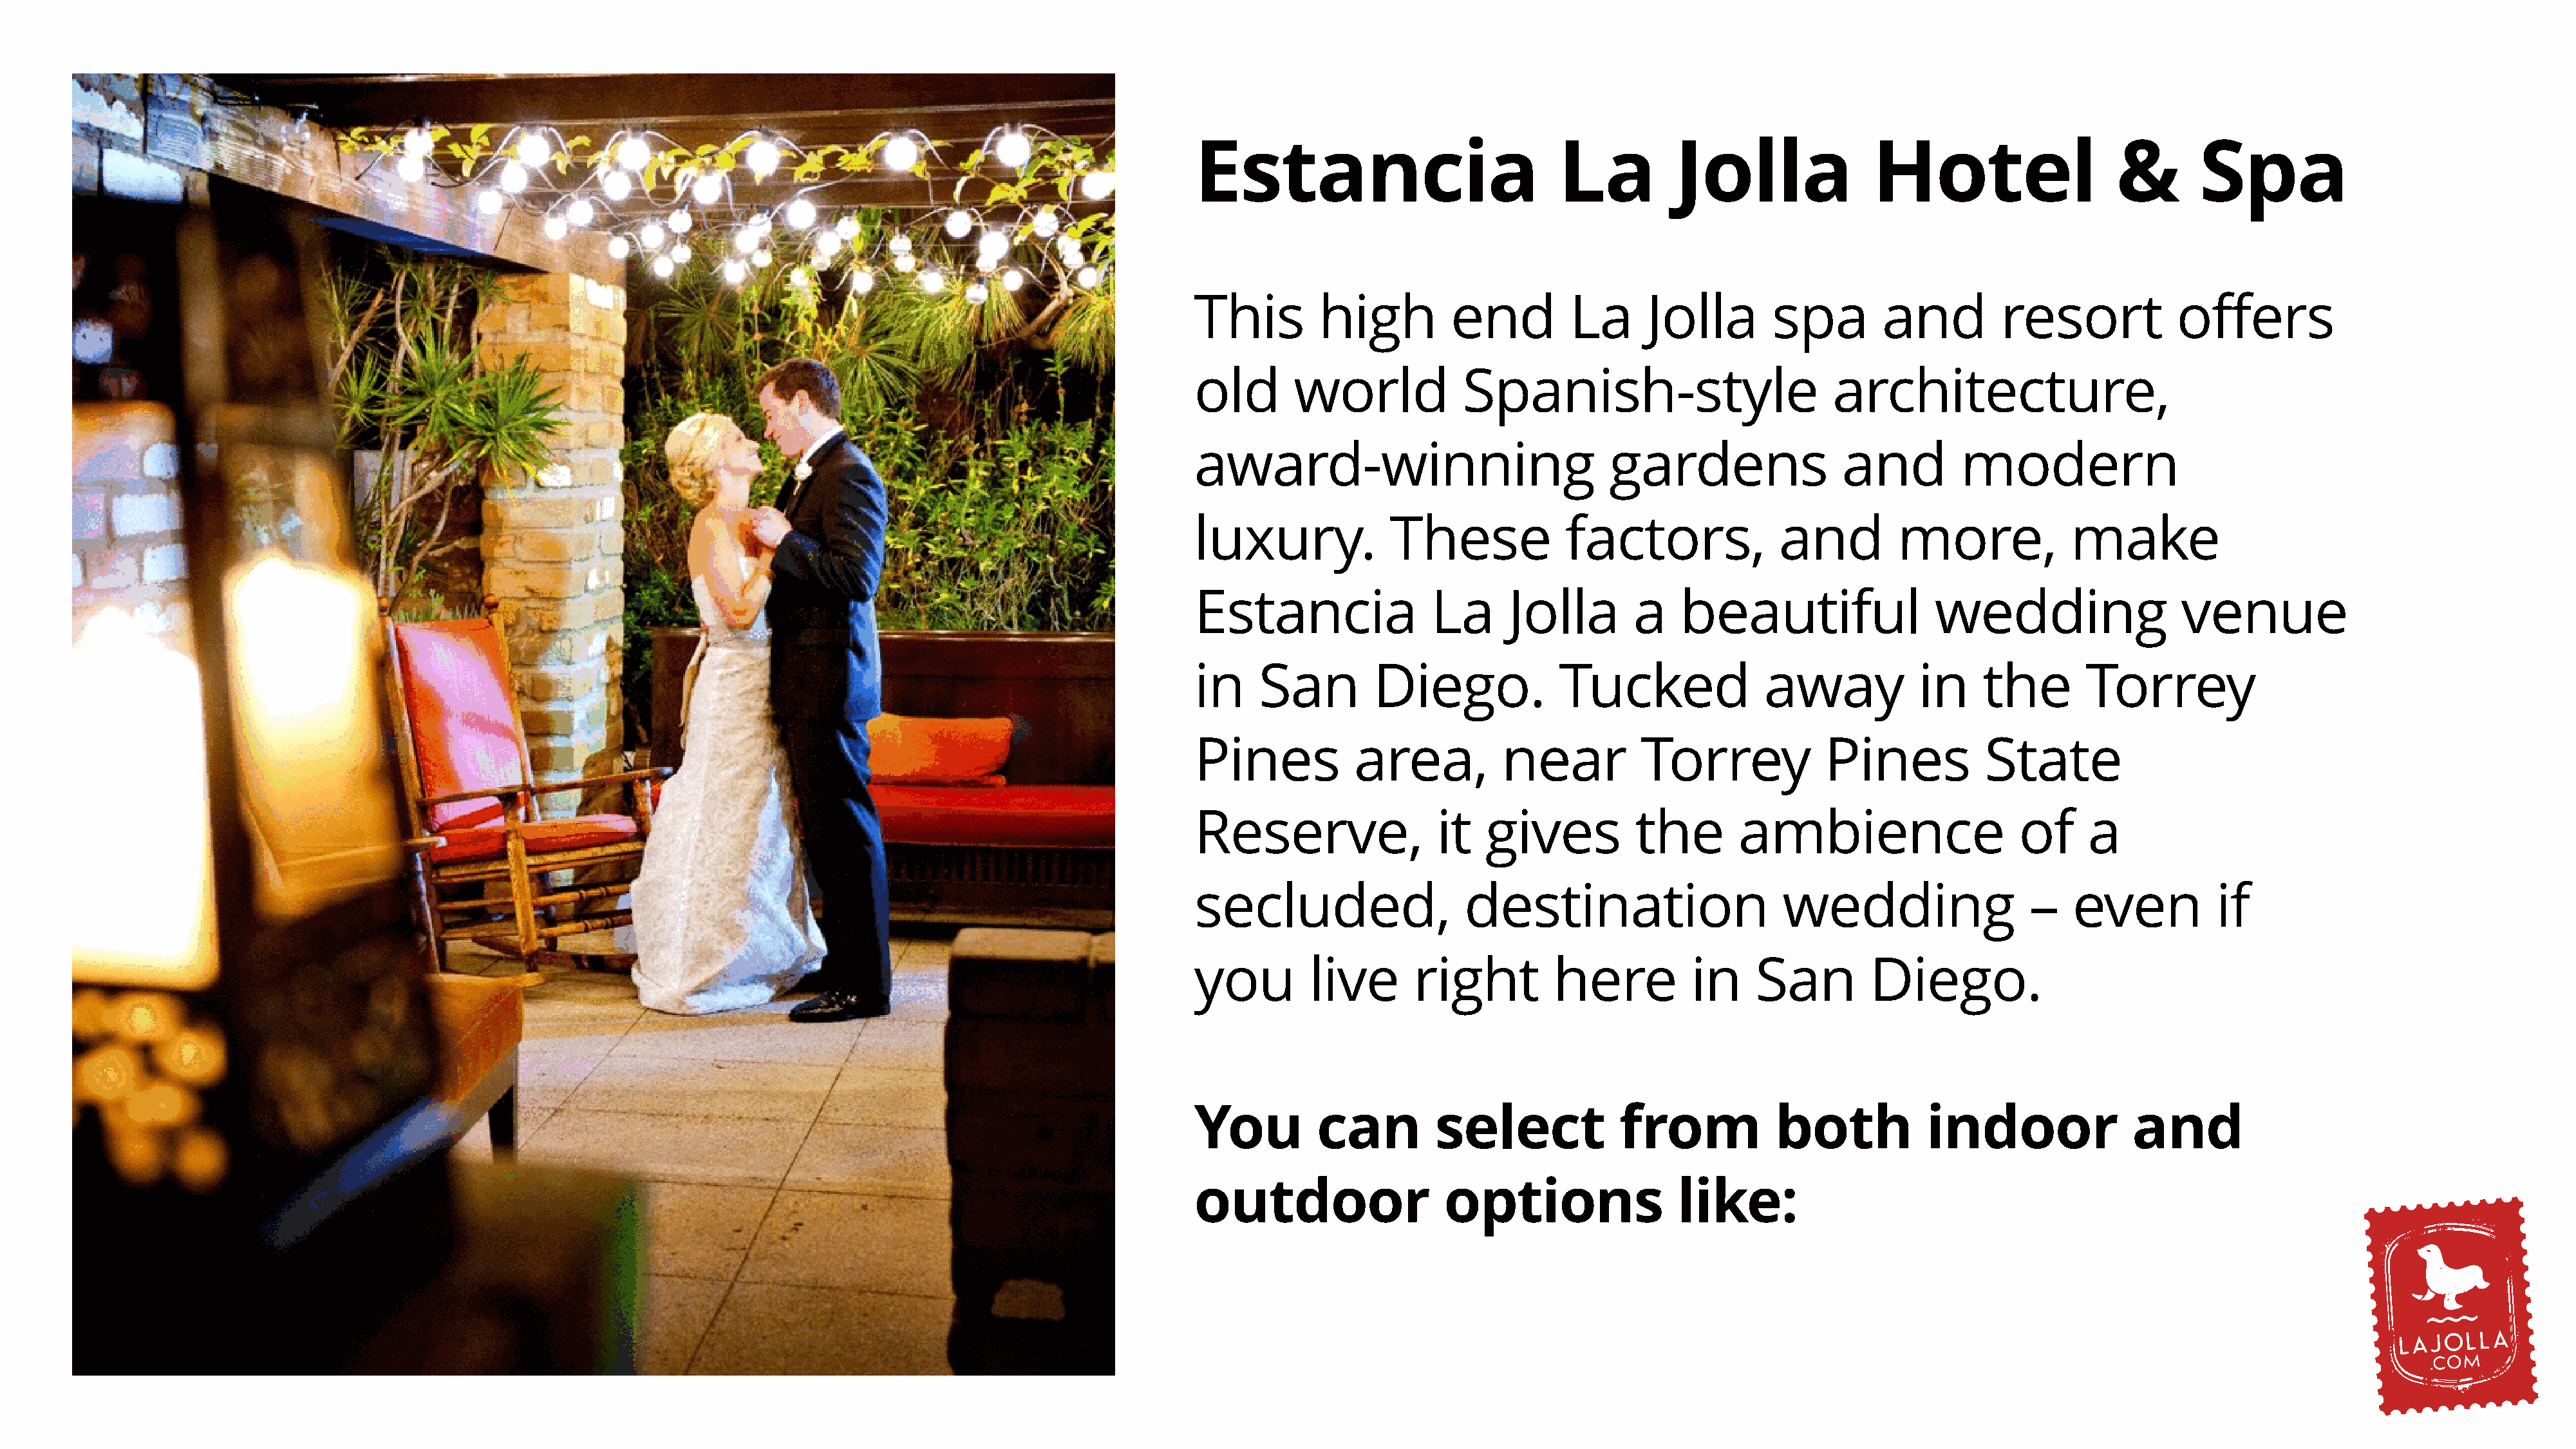
Estancia                             La          Jolla               Hotel                     &       Spa
 This         high         end         La      Jolla        spa        and          resort            offers
 old       world            Spanish-style                         architecture,
 award-winning                             gardens                 and          modern
 luxury.             These             factors,              and         more,             make
 Estancia                La      Jolla        a    beautiful                 wedding                  venue
 in    San         Diego.             Tucked               away            in     the       Torrey
 Pines           area,          near           Torrey             Pines           State
 Reserve,                 it   gives          the        ambience                     of     a
 secluded,                   destination                     wedding                   –   even           if
 you         live      right          here          in    San         Diego.
 You         can          select            from            both            indoor               and
 outdoor                  options                 like: